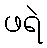
ဖရဲ